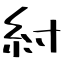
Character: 紂